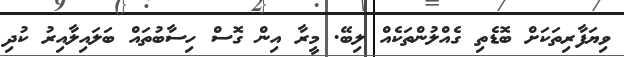
ވިޔަފާރިތަކަށް ބޮޑެތި ގެއްލުންތަކެއް ލިބޭ. މީރާ އިން ގޮސް ހިސާބުތައް ބަލައިލާއިރު ކުދި